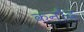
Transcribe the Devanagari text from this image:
कनौद